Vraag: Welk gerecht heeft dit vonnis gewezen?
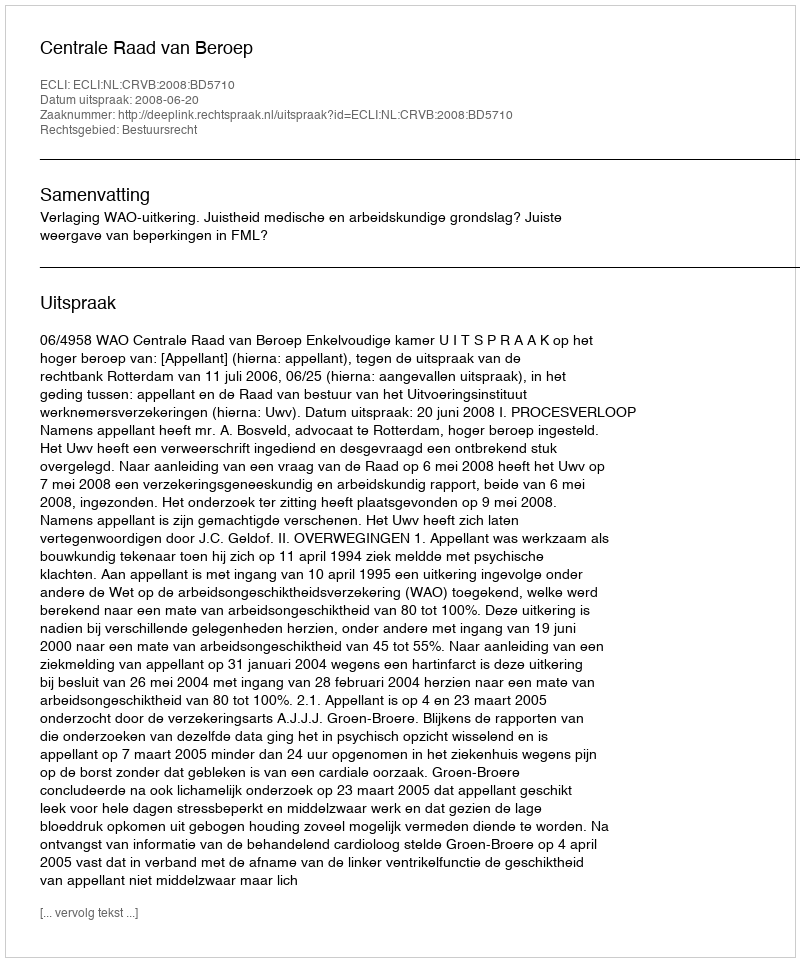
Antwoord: Centrale Raad van Beroep